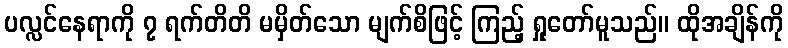
ပလ္လင်နေရာကို ၇ ရက်တိတိ မမှိတ်သော မျက်စိဖြင့် ကြည့် ရှုတော်မူသည်။ ထိုအချိန်ကို